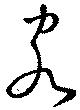
客